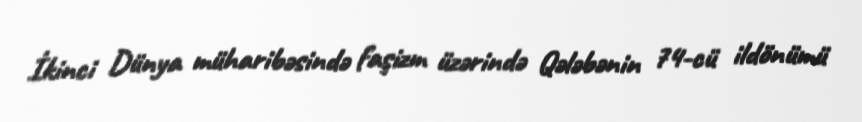
İkinci Dünya müharibəsində faşizm üzərində Qələbənin 74-cü ildönümü